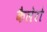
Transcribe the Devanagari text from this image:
कैलेरो